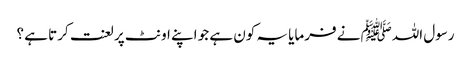
رسول اللہﷺ نے فرمایا یہ کون ہے جو اپنے اونٹ پر لعنت کرتا ہے ؟